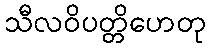
သီလဝိပတ္တိဟေတု